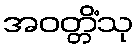
အဝတ္တိံသု